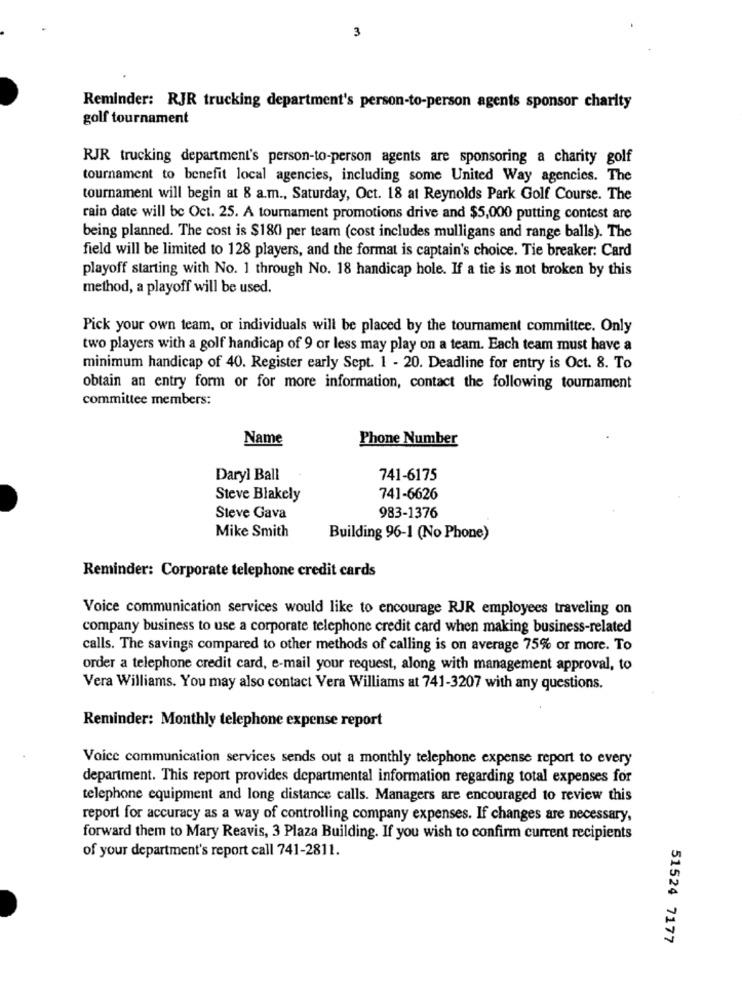
3
Reminder: RJR trucking department's person-to-person agents sponsor charity
golf tournament
RJR trucking department's person-to-person agents are sponsoring a charity golf
tournament to benefit local agencies, including some United Way agencies. The
tournament will begin at 8 a.m ., Saturday, Oct. 18 at Reynolds Park Golf Course. The
rain date will be Oct. 25. A tournament promotions drive and $5,000 putting contest are
being planned. The cost is $180 per team (cost includes mulligans and range balls). The
field will be limited to 128 players, and the format is captain's choice. Tie breaker: Card
playoff starting with No. 1 through No. 18 handicap hole. If a tie is not broken by this
method, a playoff will be used.
Pick your own team, or individuals will be placed by the tournament committee. Only
two players with a golf handicap of 9 or less may play on a team. Each team must have a
minimum handicap of 40. Register early Sept. 1 - 20. Deadline for entry is Oct. 8. To
obtain an entry form or for more information, contact the following tournament
committee members:
Name
Phone Number
Daryl Ball
741-6175
Steve Blakely
741-6626
Steve Gava
983-1376
Mike Smith
Building 96-1 (No Phone)
Reminder: Corporate telephone credit cards
Voice communication services would like to encourage RJR employees traveling on
company business to use a corporate telephone credit card when making business-related
calls. The savings compared to other methods of calling is on average 75% or more. To
order a telephone credit card, e-mail your request, along with management approval, to
Vera Williams. You may also contact Vera Williams at 741-3207 with any questions.
Reminder: Monthly telephone expense report
Voice communication services sends out a monthly telephone expense report to every
department. This report provides departmental information regarding total expenses for
telephone equipment and long distance calls. Managers are encouraged to review this
report for accuracy as a way of controlling company expenses. If changes are necessary,
forward them to Mary Reavis, 3 Plaza Building. If you wish to confirm current recipients
of your department's report call 741-2811.
51524 7177